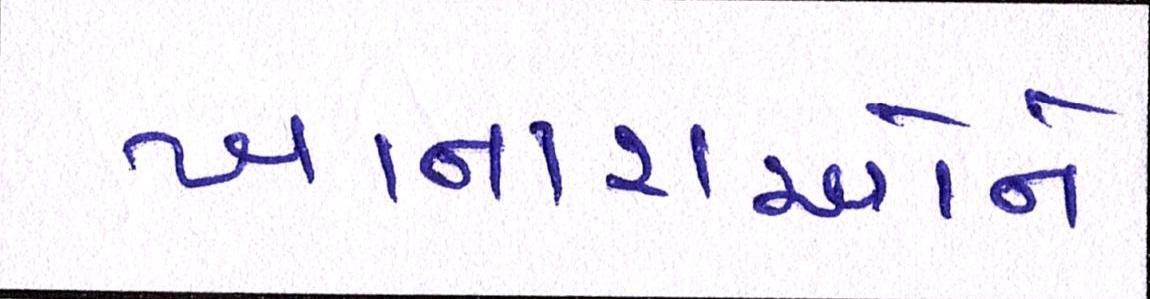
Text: ખાનારાઓને